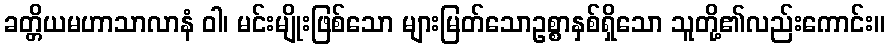
ခတ္တိယမဟာသာလာနံ ဝါ၊ မင်းမျိုးဖြစ်သော များမြတ်သောဥစ္စာနှစ်ရှိသော သူတို့၏လည်းကောင်း။